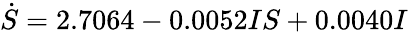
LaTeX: \dot{S}=2.7064-0.0052IS+0.0040I